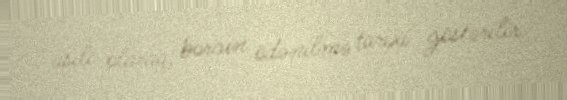
asılı olaraq, borcun ödənilmə tarixi göstərilir.